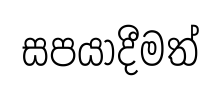
සපයාදීමත්